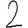
Digit: 2